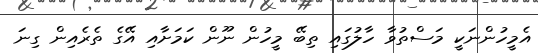
އެމީހުންނަކީ މަސްތުވާ ހާލުގައި ތިބޭ މީހުން ނޫން ކަމަށާއި އޭގެ ތެރެއިން ގިނަ